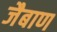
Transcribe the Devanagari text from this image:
जैबाण